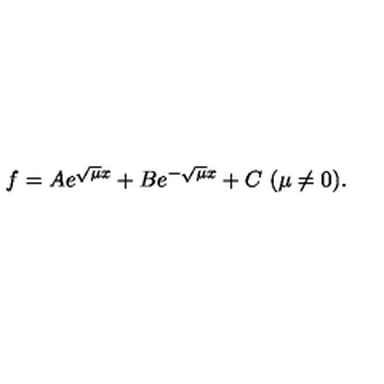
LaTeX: f = A e ^ { \sqrt { \mu } x } + B e ^ { - \sqrt { \mu } x } + C \mathrm { \ ( \mu \not = 0 ) . }